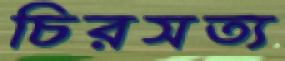
চিরসত্য